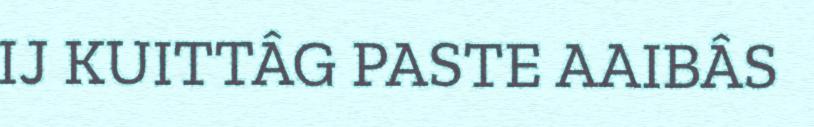
IJ KUITTÂG PASTE AAIBÂS